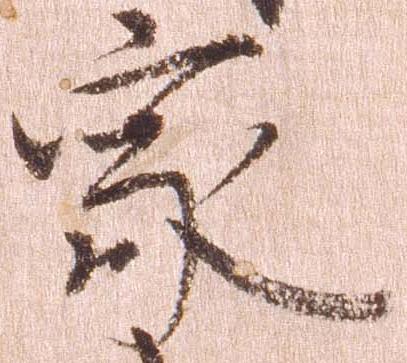
家